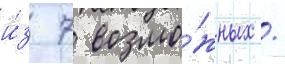
и́з 7 возмо́жных /